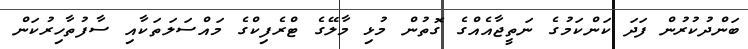
ބަންދުކުރުން ފަދަ ކަންކަމުގެ ނަތީޖާއެއްގެ ގޮތުން މުޅި މާލޭގެ ޓްރެފިކްގެ މައްސަލަތަކާއި ސާފުތާހިރުކަން